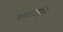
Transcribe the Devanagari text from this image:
एनहाइड्रोनियम